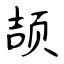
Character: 颉